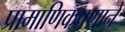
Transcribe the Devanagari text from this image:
प्रामाणिकपणाने